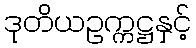
ဒုတိယဥက္ကဋ္ဌနှင့်